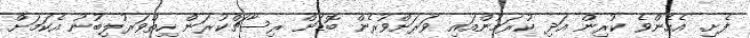
ފެށި. އެހެންވެ ކުރިން އަދި ކުރަމުންއައި ވަރަށްވުރެން ބޮޑަށް ރިސާޗްކުރަން ހިތްވަރުލިބުނު އެކަމަށް